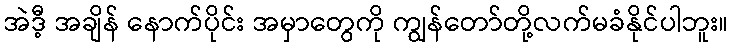
အဲဒီ့ အချိန် နောက်ပိုင်း အမှာတွေကို ကျွန်တော်တို့လက်မခံနိုင်ပါဘူး။